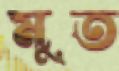
মুত